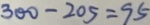
3 0 0 - 2 0 5 = 9 5